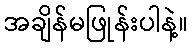
အချိန်မဖြုန်းပါနဲ့။